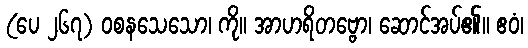
(ပေ ၂၆၇) ဝစနသေသော၊ ကို။ အာဟရိတဗ္ဗော၊ ဆောင်အပ်၏။ ဧဝံ၊